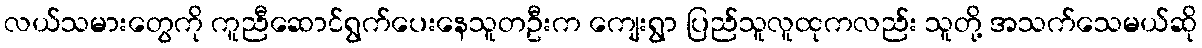
လယ်သမားတွေကို ကူညီဆောင်ရွက်ပေးနေသူတဦးက ကျေးရွာ ပြည်သူလူထုကလည်း သူတို့ အသက်သေမယ်ဆို